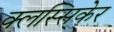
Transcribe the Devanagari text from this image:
क्लस्सिकेर